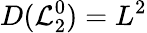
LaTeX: D(\mathcal{L}_{2}^{0})=L^{2}